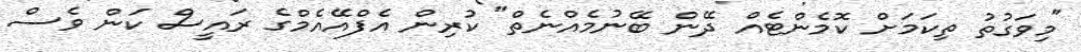
"މިވަގުތު ތިކަމަށް ކޮމެންޓެއް ދޭން ބޭނުމެއްނެތް" ކުރިން އެފްއޭއެމްގެ ރައީސް ކަން ވެސް